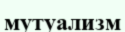
мутуализм